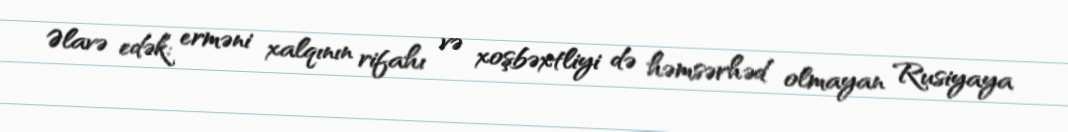
Əlavə edək: erməni xalqının rifahı və xoşbəxtliyi də həmsərhəd olmayan Rusiyaya